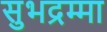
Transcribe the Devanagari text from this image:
सुभद्रम्मा